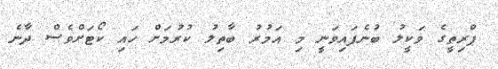
ޕްރިތީގެ ވަކީލު ބުނެފައިވަނީ މި އަމުރު ބާތިލު ކުރުމަށް ހައި ކޯޓަށްވެސް ދާނެ